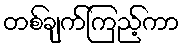
တစ်ချက်ကြည့်ကာ